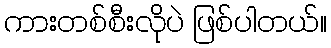
ကားတစ်စီးလိုပဲ ဖြစ်ပါတယ်။